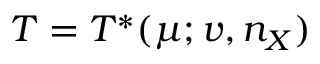
T = T ^ { \ast } ( \mu ; v , n _ { X } )